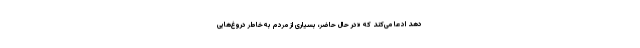
دهد ادعا می‌کند که «در حال حاضر، بسیاری از مردم به‌خاطر دروغ‌هایی